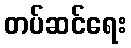
တပ်ဆင်ရေး